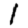
Digit: 1